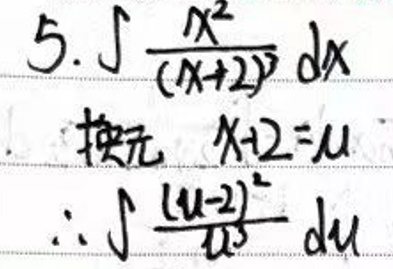
\(5.\int\frac{x^{2}}{(x + 2)^{3}}dx\)\\
换元\( x+2 = u\)\\
\(\therefore\int\frac{(u - 2)^{2}}{u^{3}}du\)